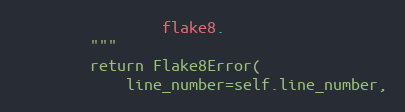
Language: Python
                flake8.
        """
        return Flake8Error(
            line_number=self.line_number,